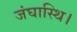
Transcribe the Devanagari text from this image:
जंघास्थि।